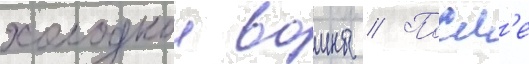
холоднои воины // Посл'е